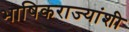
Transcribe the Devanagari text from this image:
भाषिकराज्यांशी